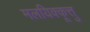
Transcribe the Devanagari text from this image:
मलयिक्कूत्तु